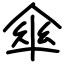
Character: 傘